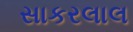
સાકરલાલ